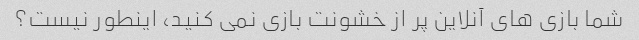
شما بازی های آنلاین پر از خشونت بازی نمی کنید، اینطور نیست؟